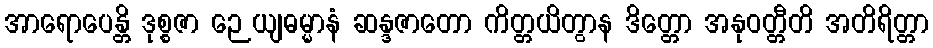
အာရောပေန္တိ ဒုစ္စဇာ ဉေယျဓမ္မာနံ ဆန္ဒဇာတော ကိတ္တယိတွာန ဒိတ္တော အနုဝတ္တီတိ အတိရိတ္တာ